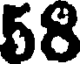
58